Annual returns of the Patna Lunatic Asylum at Bankipore in Bihar and Orissa - 1912-1924
Year: 1912
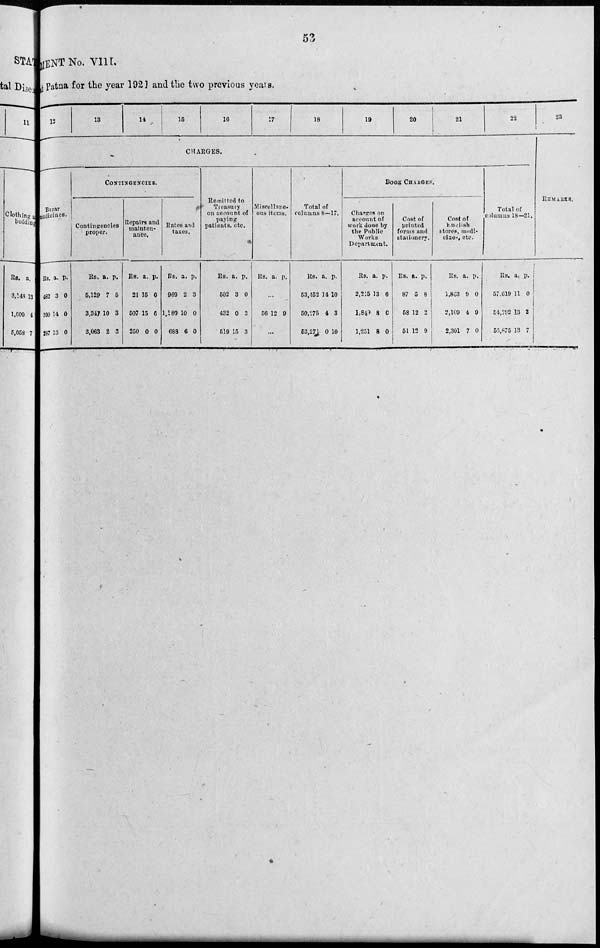
53
MENT No. VIII.
at Patna for the year 1921 and the two previous years.
12
13
14
15
16
17
18
19
20
21
22
CHARGES.
Bazar
medicines.
Rs.
482
390
287
a.
3
14
13
p.
0
0
0
CONTINGENCIES.
Contingencies
proper.
Rs.
5,129
3,347
3,063
a.
7
10
2
p.
5
3
3
Repairs and
mainten-
ance.
Rs.
21
507
250
a.
15
15
0
p.
0
6
0
Rates and
taxes.
Rs.
969
1,180
688
a.
2
10
6
p.
3
0
0
Remitted to
Treasury
on account of
paying
patients, etc.
Rs.
502
432
519
a.
3
0
15
p.
0
3
3
Miscellane-
ous items.
Rs. a. p.
...
56 12 9
...
Total of
columns 8—17.
Rs.
53,452
50,275
53,271
a.
14
4
0
p.
10
3
10
BOOK CHARGES.
Charges on
account of
work done by
the Public
Works
Department.
Rs.
2,215
1,849
1,251
a.
13
8
8
p.
6
0
0
Cost of
printed
forms and
stationery.
Rs.
87
58
51
a.
5
12
12
p.
8
2
9
Cost of
English
stores, medi-
cines, etc.
Rs.
1,863
2,109
2,301
a.
9
4
7
p.
0
9
0
Total of
columns 18—21.
Rs.
57,619
54,292
56,875
a.
11
13
13
p.
0
2
7
23
REMARKS.